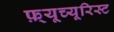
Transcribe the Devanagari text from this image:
फ़्यूच्यूरिस्ट